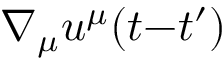
\nabla _ { \mu } u ^ { \mu } ( t { - } t ^ { \prime } )